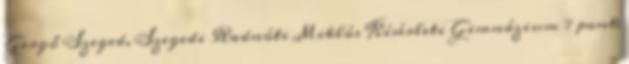
Gergő Szeged, Szegedi Radnóti Miklós Kísérleti Gimnázium 7 pont;